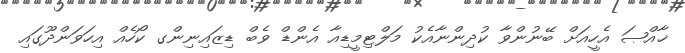
ޚާއްޞަ އެހީއަށް ބޭނުންވާ ކުދިންނާއެކު މަލްޓިމީޑިއާ އެންޑް ވެބް ޑިޒައިނިންގ ކޯހެއް އިހަވަންދޫގައި